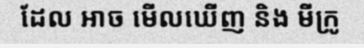
ដែល អាច មើលឃើញ និង មីក្រូ